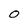
Character: 0